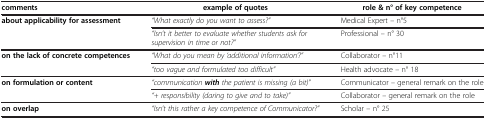
<table><thead><tr><td><b>comments</b></td><td><b>example of quotes</b></td><td><b>role &amp; n° of key competence</b></td></tr></thead><tbody><tr><td><b>about applicability for assessment</b></td><td><i>“What exactly do you want to assess?”</i></td><td>Medical Expert – n°5</td></tr><tr><td> </td><td><i>“Isn’t it better to evaluate whether students ask for supervision in time or not?”</i></td><td>Professional – n° 30</td></tr><tr><td><b>on the lack of concrete competences</b></td><td><i>“What do you mean by ‘additional information’?”</i></td><td>Collaborator – n°11</td></tr><tr><td> </td><td><i>“too vague and formulated too difficult”</i></td><td>Health advocate – n° 18</td></tr><tr><td><b>on formulation or content</b></td><td><i>“communication </i><b><i>with </i></b><i>the patient is missing (a bit)”</i></td><td>Communicator – general remark on the role</td></tr><tr><td> </td><td><i>“+ responsibility (daring to give and to take)”</i></td><td>Collaborator – general remark on the role</td></tr><tr><td><b>on overlap</b></td><td><i>“Isn’t this rather a key competence of Communicator?”</i></td><td>Scholar – n° 25</td></tr></tbody></table>